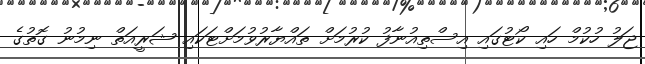
ޖަލު ހުކުމް ހައި ކޯޓުގައި އިސްތިއުނާފު ކުރުމަށް ތައްޔާރުވުމަށްޓަކައި ޝަރީއަތް ނިމުނު ގޮތުގެ